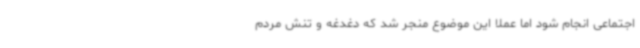
اجتماعی انجام شود اما عملا این موضوع منجر شد که دغدغه و تنش مردم